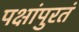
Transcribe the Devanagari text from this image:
पक्षांपुरतं